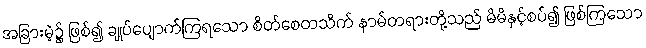
အခြားမဲ့၌ ဖြစ်၍ ချုပ်ပျောက်ကြရသော စိတ်စေတသိက် နာမ်တရားတို့သည် မိမိနှင့်စပ်၍ ဖြစ်ကြသော